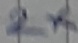
Text: 2X